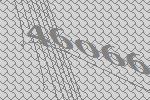
46066